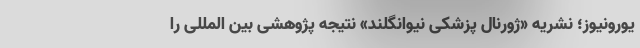
یورونیوز؛ نشریه «ژورنال پزشکی نیوانگلند» نتیجه پژوهشی بین المللی را